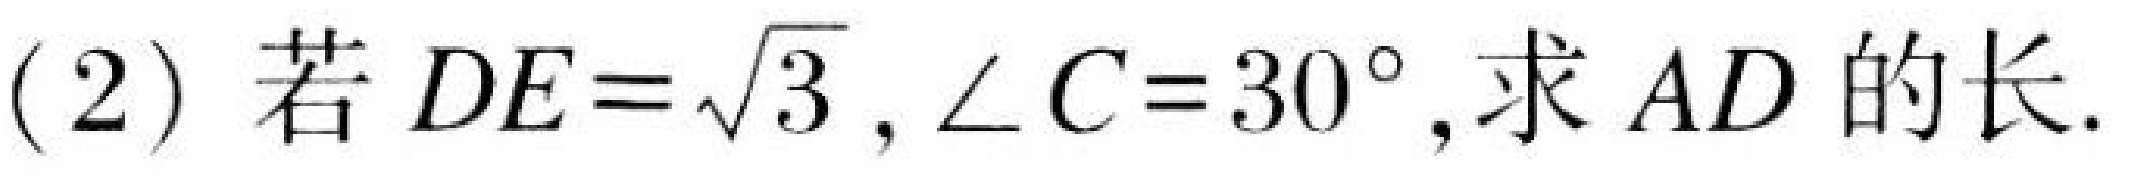
(2) 若 \(DE = \sqrt{3},\angle C = 30^{\circ}\),求 \(AD\) 的长.